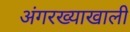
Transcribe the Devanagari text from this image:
अंगरख्याखाली